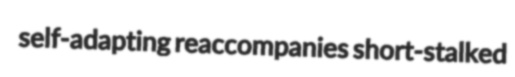
self-adapting reaccompanies short-stalked